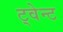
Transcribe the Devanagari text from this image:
ट्वेन्ट